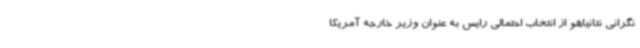
نگرانی نتانیاهو از انتخاب احتمالی رایس به عنوان وزیر خارجه آمریکا